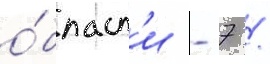
о́бласт'и - 7 /